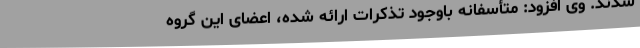
شدند. وی افزود: متأسفانه باوجود تذکرات ارائه شده، اعضای این گروه